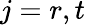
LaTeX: j=r,t